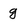
Character: g